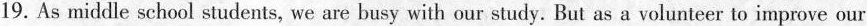
19. As middle school students, we are busy with our study. But as a volunteer to improve our